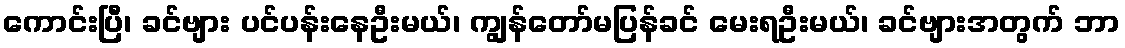
ကောင်းပြီ၊ ခင်ဗျား ပင်ပန်းနေဦးမယ်၊ ကျွန်တော်မပြန်ခင် မေးရဦးမယ်၊ ခင်ဗျားအတွက် ဘာ